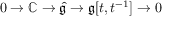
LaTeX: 0 \to \mathbb { C } \to { \hat { \mathfrak { g } } } \to { \mathfrak { g } } [ t , t ^ { - 1 } ] \to 0